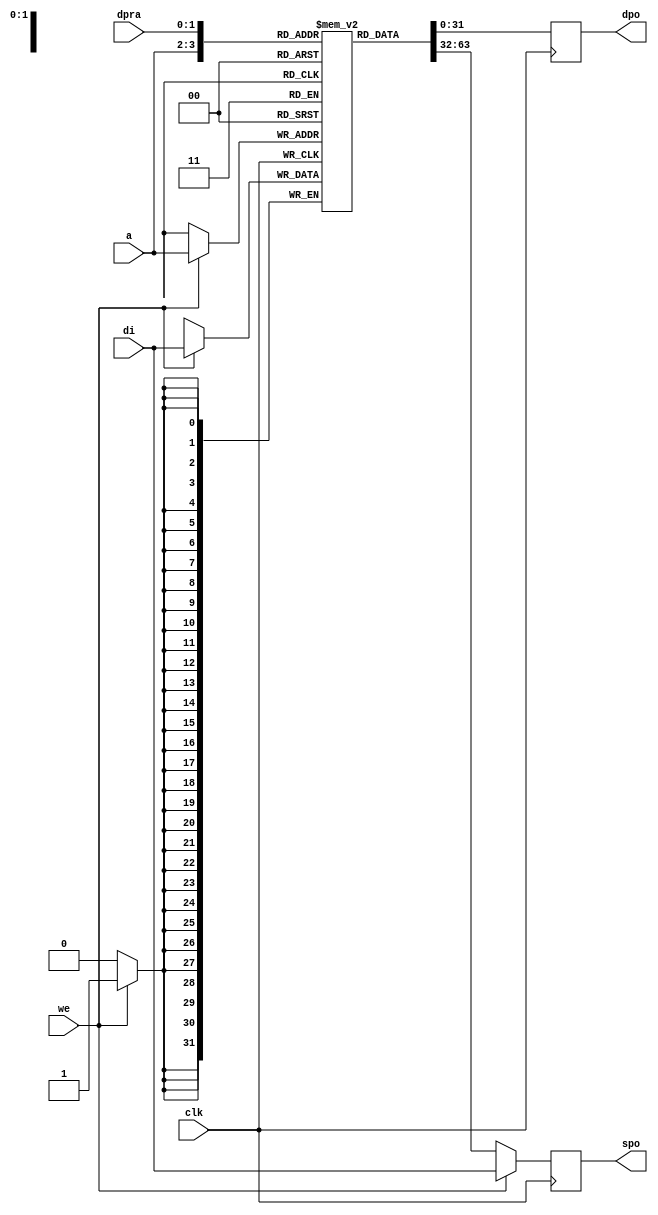
module fm_cmn_bram_01 (
    clk,
    we,
    a,
    dpra,
    di,
    spo,
    dpo
 );

//////////////////////////////////
// parameter
//////////////////////////////////
    parameter P_WIDTH = 32;
    parameter P_RANGE = 2;
    parameter P_DEPTH = 1 << P_RANGE;
//////////////////////////////////
// I/O port definition
//////////////////////////////////
    input                clk;
    input                we;
    input  [P_RANGE-1:0] a;
    input  [P_RANGE-1:0] dpra;
    input  [P_WIDTH-1:0] di;
    output [P_WIDTH-1:0] spo;
    output [P_WIDTH-1:0] dpo;

//////////////////////////////////
// reg 
//////////////////////////////////
    reg [P_WIDTH-1:0] ram [P_DEPTH-1:0];
    reg [P_WIDTH-1:0] spo;
    reg [P_WIDTH-1:0] dpo;

//////////////////////////////////
// always
//////////////////////////////////
    // port A: write-first
    always @(posedge clk) begin
        if (we) begin
            ram[a] <= di;
            spo <= di;
        end else begin
            spo <= ram[a];
        end
    end

    // port B: read-first
    always @(posedge clk) begin
        dpo <= ram[dpra];
    end
   
endmodule